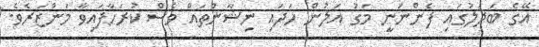
އޭގެ ބަދަލުގައި ފެންނަނީ މަގު އަލުން ހަދައި ނިޝާންތައް ވެސް ކުރަހާފައިވާ މަންޒަރެވެ.